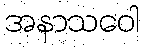
အနာသဝေါ